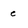
Character: e